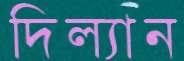
দিল্যান